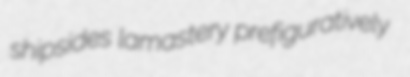
shipsides lamastery prefiguratively